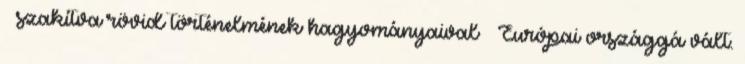
– szakítva rövid történelmének hagyományaival – Európai országgá vált.